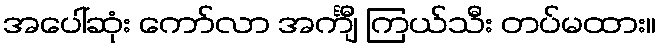
အပေါ်ဆုံး ကော်လာ အင်္ကျီ ကြယ်သီး တပ်မထား။